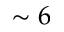
\sim 6